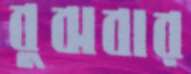
বুঝবার